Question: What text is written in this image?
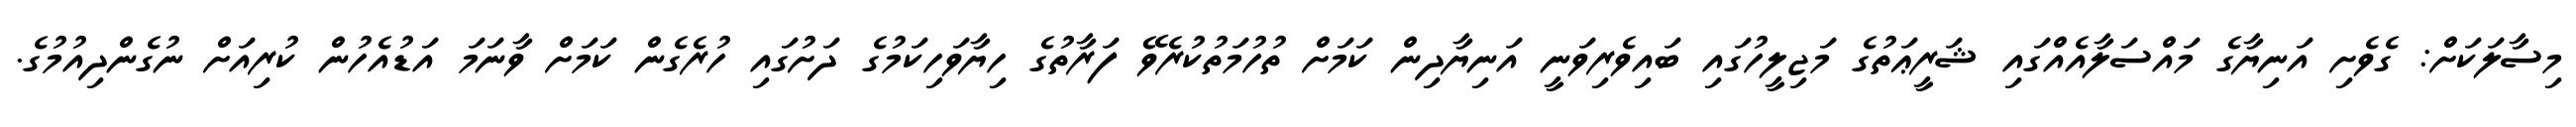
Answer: މިސާލަކަށް: ގެވެށި އަނިޔާގެ މައްސަލާއެއްގައި ޝަރީޢަތުގެ މަޖިލީހުގައި ބައިވެރިވަނީ އަނިޔާދިން ކަމަށް ތުހުމަތުކުރެވޭ ފަރާތުގެ ހިޔާވަހިކަމުގެ ދަށުގައި ހުރެގެން ކަމަށް ވާނަމަ އަޑުއެހުން ކުރިއަށް ނުގެންދިއުމުގެ.